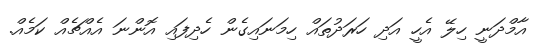
އާމްދަނީ ހިލޭ އެހީ އަދި ހަރަދުތައް ހިމަނައިގެން ހެދިފައި އޮންނަ އެއްޗެއް ކަމެއް.